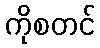
ကိုစတင်